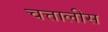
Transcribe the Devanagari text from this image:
चत्तालीस